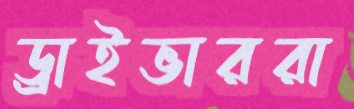
ড্রাইভাররা